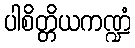
ပါစိတ္တိယကဏ္ဍံ